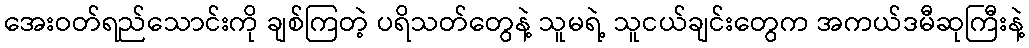
အေးဝတ်ရည်သောင်းကို ချစ်ကြတဲ့ ပရိသတ်တွေနဲ့ သူမရဲ့ သူငယ်ချင်းတွေက အကယ်ဒမီဆုကြီးနဲ့